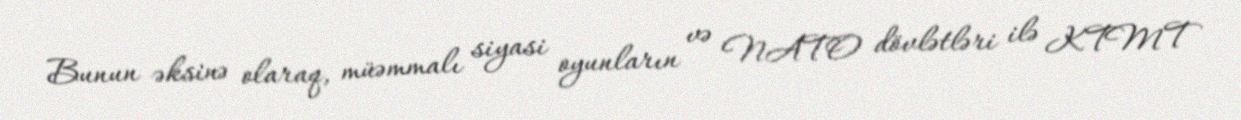
Bunun əksinə olaraq, müəmmalı siyasi oyunların və NATO dövlətləri ilə KTMT